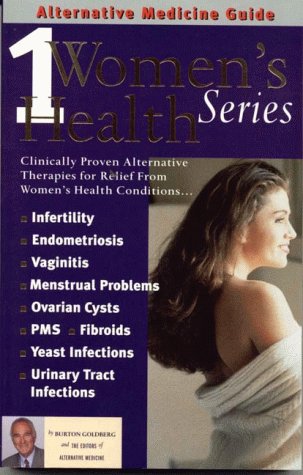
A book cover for Alternative Medicine Guide to Women's Health 1 (Women's Health Series) (Volume 1); Burton Goldberg; Health, Fitness & Dieting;